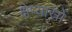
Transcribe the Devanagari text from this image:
क्षेप्यास्रों